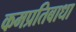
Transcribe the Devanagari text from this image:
कमप्रतिबाधा